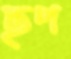
ছপ